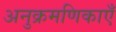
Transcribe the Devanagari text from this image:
अनुक्रमणिकाएँ